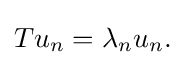
\displaystyle {Tu_{n}=\lambda _{n}u_{n}.}